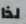
لذا